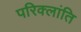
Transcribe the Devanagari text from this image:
परिक्लांति